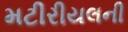
મટીરીયલની